Materia medica of Madras volume I
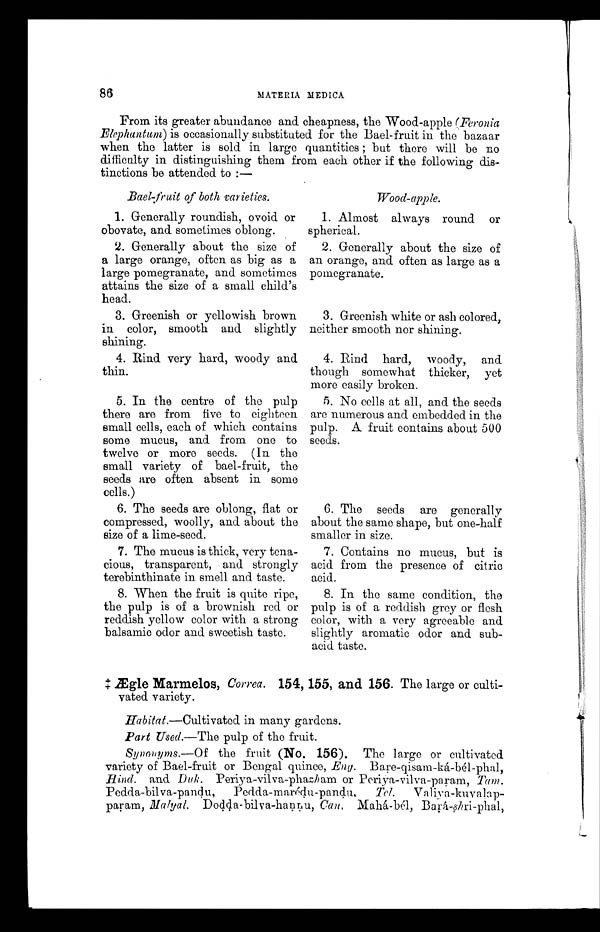
86
MATERIA MEDICA.
From its greater abundance and cheapness, the Wood-apple (Feronia
Elephantum) is occasionally substituted for the Bael-fruit in the bazaar
when the latter is sold in large quantities ; but there will be no
difficulty in distinguishing them from each other if the following dis-
tinctions be attended to :—
Bael-fruit of both varieties.
1. Generally roundish, ovoid or
obovate, and sometimes oblong.
2. Generally about the size of
a large orange, often as big as a
large pomegranate, and sometimes
attains the size of a small child's
head.
3. Greenish or yellowish brown
in color, smooth and slightly
shining.
4. Rind very hard, woody and
thin.
5. In the centre of the pulp
there are from five to eighteen
small cells, each of which contains
some mucus, and from one to
twelve or more seeds. (In the
small variety of bael-fruit, the
seeds are often absent in some
cells.)
6. The seeds are oblong, flat or
compressed, woolly, and about the
size of a lime-seed.
7. The mucus is thick, very tena
-cious, transparent, and strongly
terebinthinate in smell and taste.
8. When the fruit is quite ripe,
the pulp is of a brownish red or
reddish yellow color with a strong
balsamic odor and sweetish taste.
Wood- apple.
1. Almost always round or
spherical.
2. Generally about the size of
an orange, and often as large as a
pomegranate.
3. Greenish white or ash colored,
neither smooth nor shining.
4. Rind hard, woody, and
though somewhat thicker, yet
more easily broken.
5. No cells at all, and the seeds
are numerous and embedded in the
pulp. A fruit contains about 500
seeds.
6. The seeds are generally
about the same shape, but one-half
smaller in size.
7. Contains no mucus, but is
acid from the presence of citric
acid.
8. In the same condition, the
pulp is of a reddish grey or flesh
color, with a very agreeable and
slightly aromatic odor and sub-
acid taste.
Ægle Marmelos, Correa. 154, 155, and 156. The large or culti-
vated variety.
Habitat.—Cultivated in many gardens.
Part Used.—The pulp of the fruit.
Synonyms.— O f the fruit (No. 156). The large or cultivated
variety of Bael-fruit or Bengal quince, Eng. Bare-qisam-ká-bél-phal,
H ind and Duk. Periya-vilva-phasham or Periya-vilva-param, Tam.
Pedda-bilva-pandu,
Pedda-marédu-pandu,
Tel.
Valiya-kuvalap-
param, Malyal. Dodda-bilva-haņņu, Can. Mahá-bél, Bará-shri-phal,